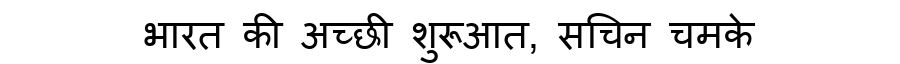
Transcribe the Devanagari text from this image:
भारत की अच्छी शुरूआत, सचिन चमके